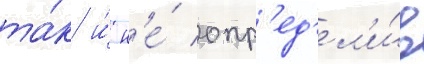
та́к и́ н'е́ опр'ед'ел'и́в